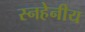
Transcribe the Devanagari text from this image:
स्नहेनीय